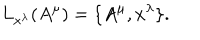
L _ { x ^ { \lambda } } ( A ^ { \mu } ) = \{ A ^ { \mu } , x ^ { \lambda } \} .